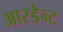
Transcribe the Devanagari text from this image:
आरडेन्ट